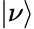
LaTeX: \vert\nu\rangle